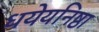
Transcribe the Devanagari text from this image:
धयेयनिष्ठा